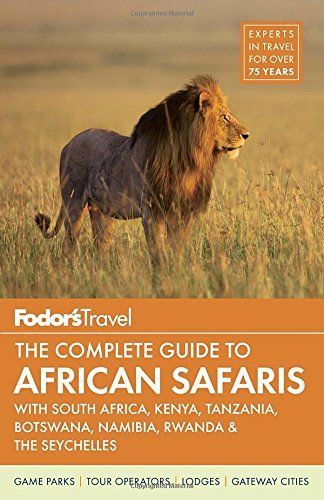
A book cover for Fodor's the Complete Guide to African Safaris: With South Africa, Kenya, Tanzania, Botswana, Namibia, Rwanda & the Seychelles (Full-Color Travel Guide) by Fodor's (9-Jun-2015) Paperback; Fodor's; Travel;